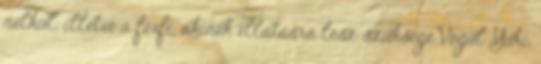
nélkül, illetve a férfi, akinek ellátásra lesz szüksége.Végül Yuki,